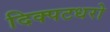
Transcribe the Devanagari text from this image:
दिक्पटधरो